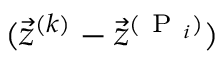
( \vec { z } ^ { ( k ) } - \vec { z } ^ { ( \mathrm { ~ P ~ } _ { i } ) } )